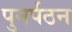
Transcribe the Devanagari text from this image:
पुनर्पठन